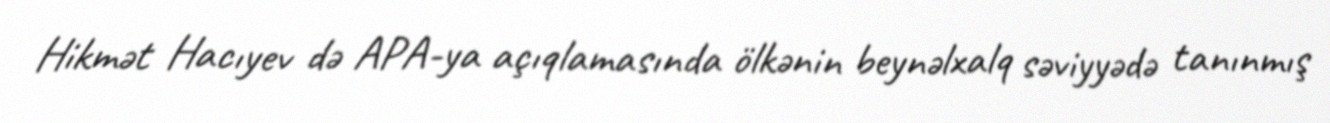
Hikmət Hacıyev də APA-ya açıqlamasında ölkənin beynəlxalq səviyyədə tanınmış